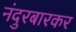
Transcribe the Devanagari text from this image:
नंदुरबारकर